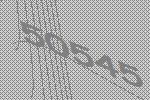
50545